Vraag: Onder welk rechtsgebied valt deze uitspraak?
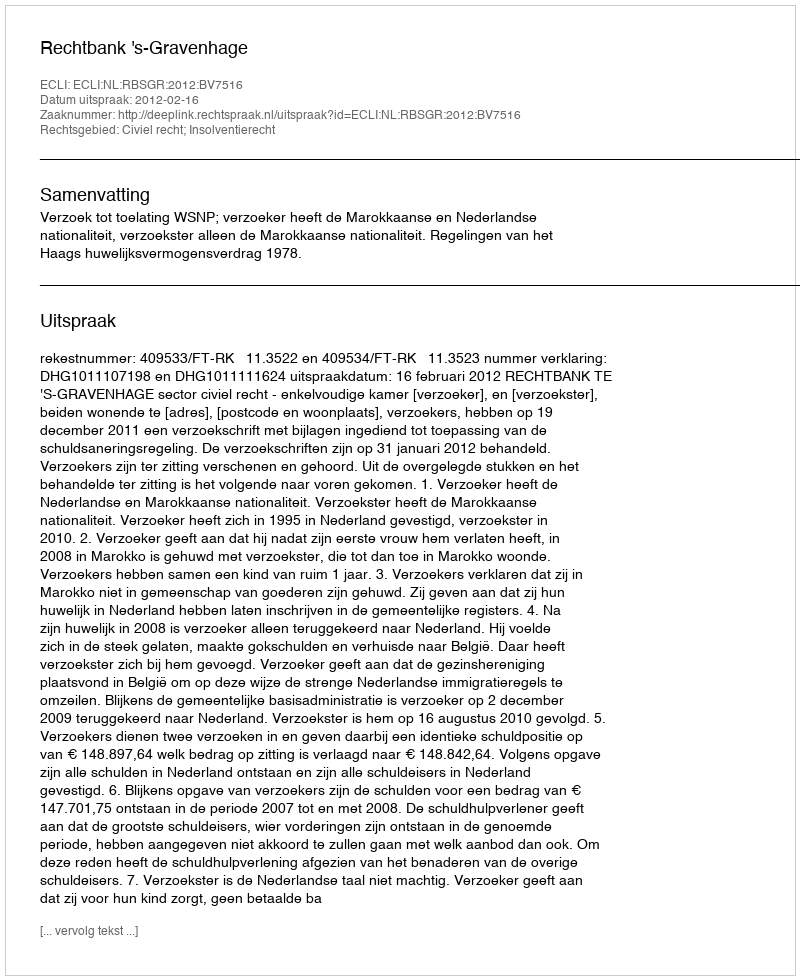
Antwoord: Civiel recht; Insolventierecht